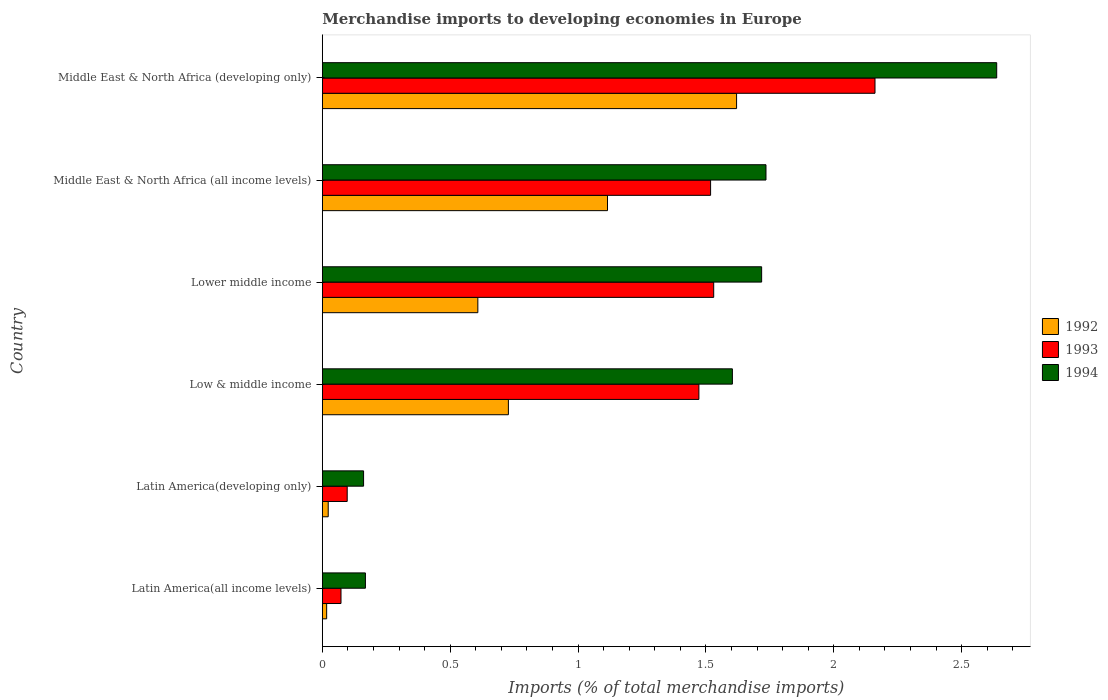
| Country | 1992 | 1993 | 1994 |
 | --- | --- | --- | --- |
 | Latin America(all income levels) | 0.0169 | 0.073 | 0.169 |
 | Latin America(developing only) | 0.023 | 0.0973 | 0.161 |
 | Low & middle income | 0.728 | 1.47 | 1.6 |
 | Lower middle income | 0.608 | 1.53 | 1.72 |
 | Middle East & North Africa (all income levels) | 1.12 | 1.52 | 1.74 |
 | Middle East & North Africa (developing only) | 1.62 | 2.16 | 2.64 |